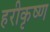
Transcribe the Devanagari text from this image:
हरीकृष्ण